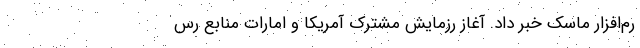
رم‌افزار ماسک خبر داد. آغاز رزمایش مشترک آمریکا و امارات منابع رس